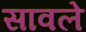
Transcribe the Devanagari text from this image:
सावले